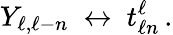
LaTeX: Y_{\ell,\ell-n}\ \leftrightarrow\ t_{\ell n}^{\ell}\, .